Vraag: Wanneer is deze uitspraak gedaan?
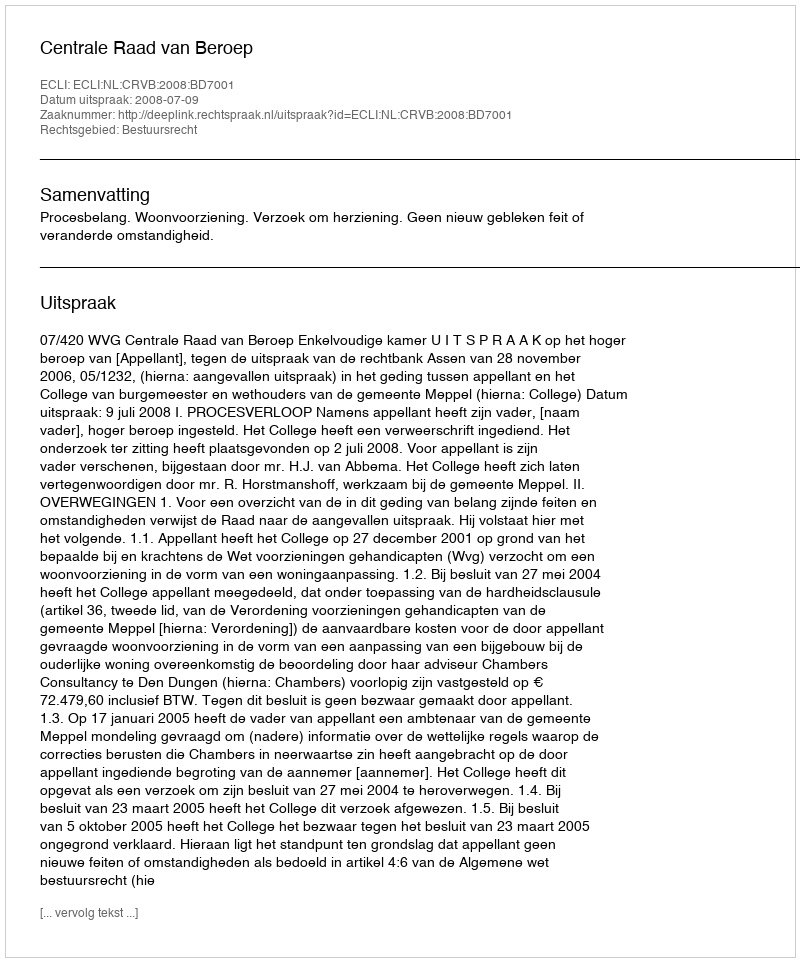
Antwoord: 2008-07-09